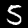
Digit: 5